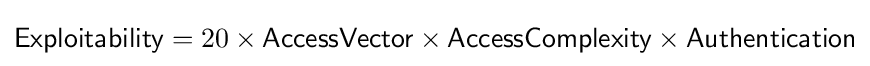
{\textsf {Exploitability}}=20\times {\textsf {AccessVector}}\times {\textsf {AccessComplexity}}\times {\textsf {Authentication}}